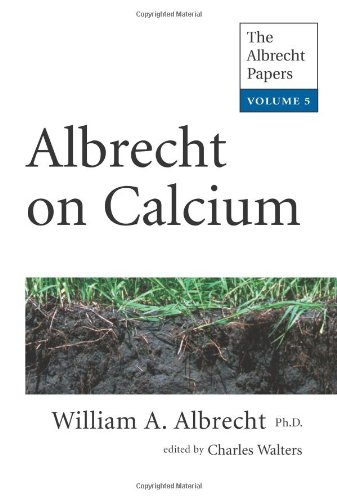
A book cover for Albrecht on Calcium (The Albrecht Papers); William A. Albrecht; Science & Math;